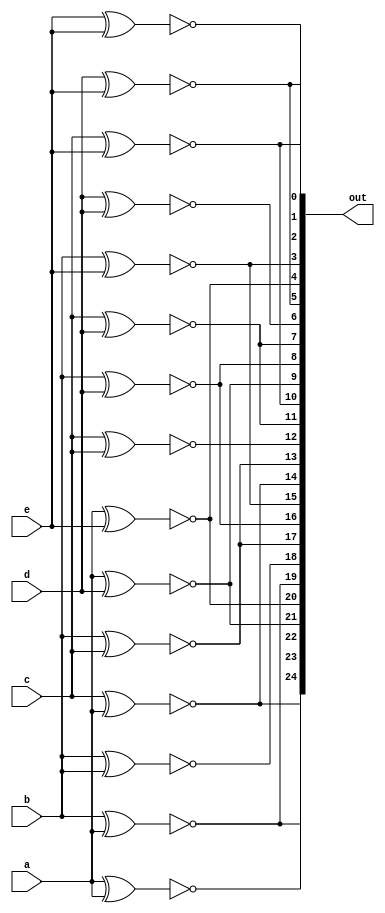
module top_module (
    input a, b, c, d, e,
    output [24:0] out
);

    // Assign each comparison to the corresponding bit in the output vector
    assign out[24] = ~(a ^ a); // a == a
    assign out[23] = ~(a ^ b); // a == b
    assign out[22] = ~(a ^ c); // a == c
    assign out[21] = ~(a ^ d); // a == d
    assign out[20] = ~(a ^ e); // a == e
    assign out[19] = ~(b ^ a); // b == a
    assign out[18] = ~(b ^ b); // b == b
    assign out[17] = ~(b ^ c); // b == c
    assign out[16] = ~(b ^ d); // b == d
    assign out[15] = ~(b ^ e); // b == e
    assign out[14] = ~(c ^ a); // c == a
    assign out[13] = ~(c ^ b); // c == b
    assign out[12] = ~(c ^ c); // c == c
    assign out[11] = ~(c ^ d); // c == d
    assign out[10] = ~(c ^ e); // c == e
    assign out[9] = ~(d ^ a); // d == a
    assign out[8] = ~(d ^ b); // d == b
    assign out[7] = ~(d ^ c); // d == c
    assign out[6] = ~(d ^ d); // d == d
    assign out[5] = ~(d ^ e); // d == e
    assign out[4] = ~(e ^ a); // e == a
    assign out[3] = ~(e ^ b); // e == b
    assign out[2] = ~(e ^ c); // e == c
    assign out[1] = ~(e ^ d); // e == d
    assign out[0] = ~(e ^ e); // e == e

endmodule